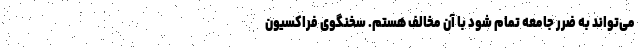
می‌تواند به ضرر جامعه تمام شود با آن مخالف هستم. سخنگوی فراکسیون